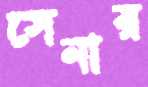
সেনার